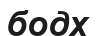
бодх